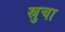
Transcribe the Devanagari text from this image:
स्रुचा